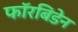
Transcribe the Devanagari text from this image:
फॉरबिडेन